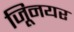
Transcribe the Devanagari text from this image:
जूिनयर